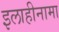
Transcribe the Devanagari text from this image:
इलाहीनामा